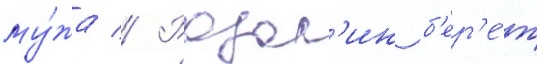
му́жа // Розал'ин б'ер'е́т